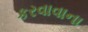
કરવાવાના